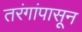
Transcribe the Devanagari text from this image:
तरंगांपासून